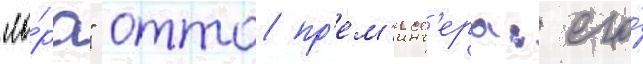
"ло́ра" отто пр'ем'инг'ера: его́